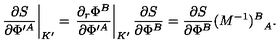
\left. { \frac { \partial S } { \partial \Phi ^ { \prime A } } } \right| _ { K ^ { \prime } } = \left. { \frac { \partial _ { r } \Phi ^ { B } } { \partial \Phi ^ { \prime A } } } \right| _ { K ^ { \prime } } { \frac { \partial S } { \partial \Phi ^ { B } } } = { \frac { \partial S } { \partial \Phi ^ { B } } } { ( M ^ { - 1 } ) ^ { B } } _ { A } .